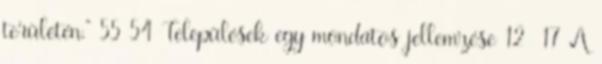
területén.” 55 54 Települések egy mondatos jellemzése 12 17 A